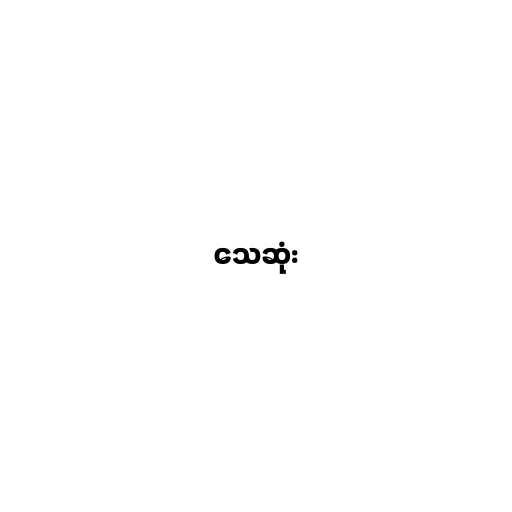
သေဆုံး